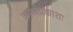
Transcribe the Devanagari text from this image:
काव्यप्रकाशः